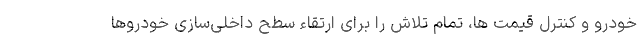
خودرو و کنترل قیمت ها، تمام تلاش را برای ارتقاء سطح داخلی‌سازی خودروها